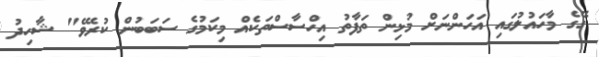
ގޭގެ މާހައުލުގައި އަހަންނަށް މުޅިން ތަފާތު އިހްސާސްތަކެއް މިކަމުގެ ސަބަބުން ކުރެވޭ" ޝާހިދު